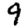
Digit: 9